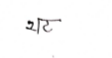
मजकूर: थट